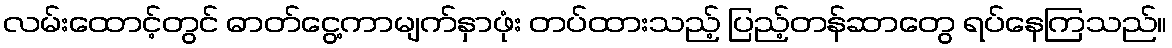
လမ်းထောင့်တွင် ဓာတ်ငွေ့ကာမျက်နှာဖုံး တပ်ထားသည့် ပြည့်တန်ဆာတွေ ရပ်နေကြသည်။